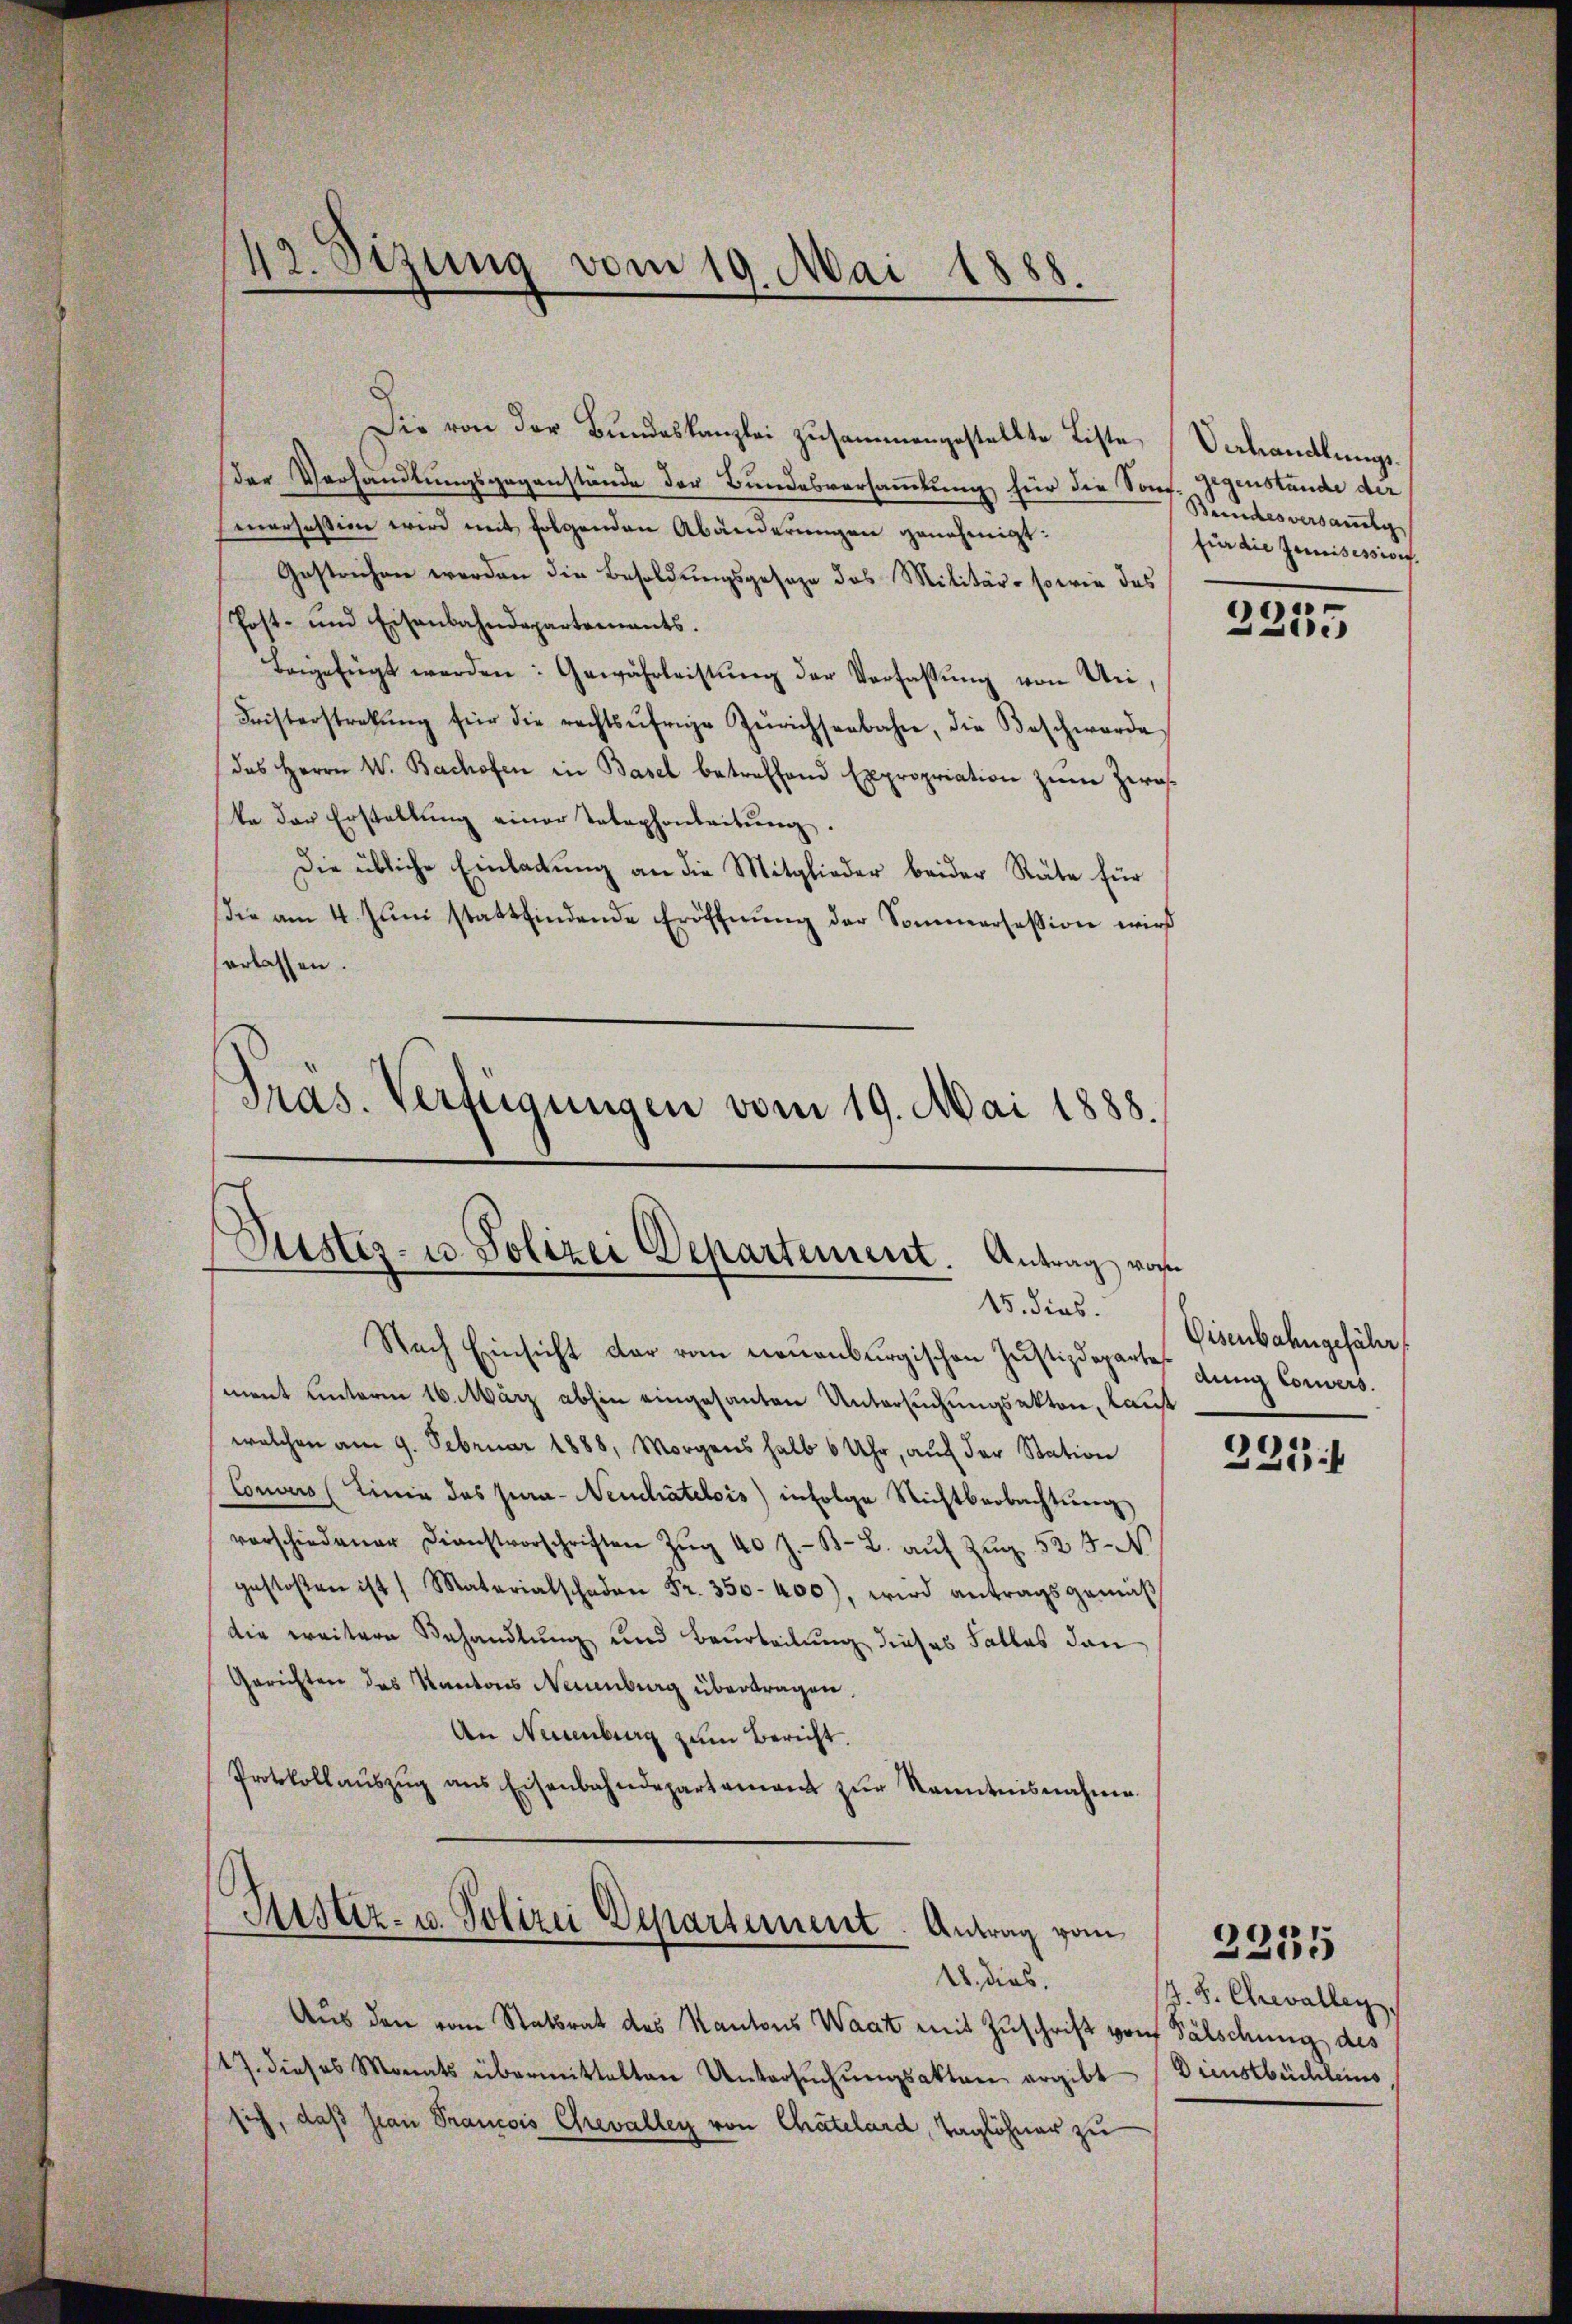
42. Sizung vom 19. Mai 1888.

Die von der Bundeskanzlei zusammengestellte Liste Verhandlungsder Verhandlungsgegenstände der Bundesversammlung für die Sonf. Gegenstände der
Einersession wird mit folgenden Abänderungen genehmigt:
Gestrichen werden die Besoldungsgesage das Militär- sowie das
Post- und Eisenbahndepartements.
Beigefügt werden: Gewährleistŭng der Verfassŭng von Uri,
Fristerstrekŭng für die rechtsŭfrige Zürichsenbahn, die Beschwerde
das Herrn W. Bachofen in Basel betreffend Expropriation zum Zeraste der Erstellung einer Telephonleitŭng.
Die übliche Einladung an die Mitglieder beider Räte für
(die am 4. Jŭni stattfindende Eröffnŭng der Sommersession wird
erlassen.
Präs. Verfügungen vom 19. Mai 1888.

Puster- u. Polizei Departement. Antrag von
15. dies.

Nach Einsicht dar von neuenburgischen Justizdepartes
ment unterm 16. März abhin eingesanten Untersuchungsakten, laut
welchen am 9. Februar 1888, Morgens halb 6 Uhr, auf der Station
Concurs (Linie das Jura- Neuchâtelois infolge Richtbeobachtŭenz
vorschiedener Dienstvorschriften Zŭg 40 J. B. L. aŭf Zŭg 524. N
gestoßen ist ( Materialschaden Fr. 350-400), wird antragsgemäß
die weitere Behandlung und Beurteilung dieses Falles den
Gerichten des Kantons Neuenburg übertragen.
An Neuenburg zum Bericht.
Protokollaŭszŭg ans Eisenbahndepartement zŭr Kenntnisnahme.

Fister- u. Polizei Departement. Antrag vom

18. dies
Aus den vom Statsrat des Kantons Waat mit Zuschrift von Fälschung des
17. dieses Monats übermittelten Untersŭchŭngsakten ergibt
sich, daß man Francois Grevalleg von Chatelard, Taglöhner zu

Bundesversandtg
für die Zuweisessier

2255

Eisenbahngefähr
dung Convers.

2231

4.8. Chevallen.
Dienstbüchleins

2255